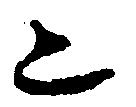
ニ